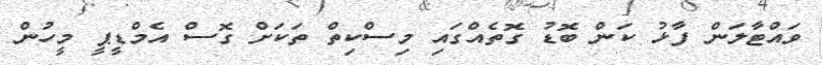
ވައްޓާލަން ފާޅު ކަން ބޮޑު ގޮތެއްގައި މިސްކިތް ތަކަށް ގޮސް އެމްޑީޕީ މީހުން